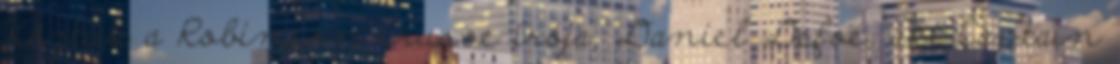
Köztük a Robinson Crusoe írója, Daniel Defoe, aki Captain